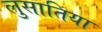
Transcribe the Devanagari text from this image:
लुसातिया